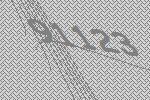
91123